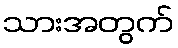
သားအတွက်